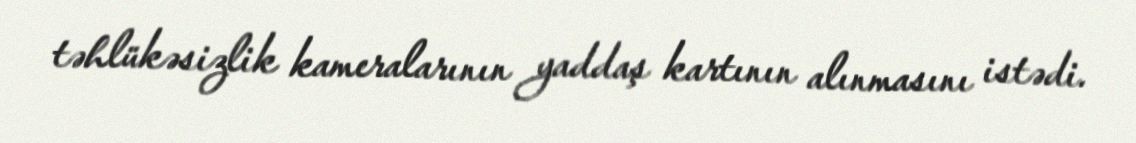
təhlükəsizlik kameralarının yaddaş kartının alınmasını istədi.